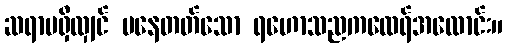
ဆရာမရှိလျှင် မနေတတ်သော ရဟောသညကထေရ်အလောင်း။